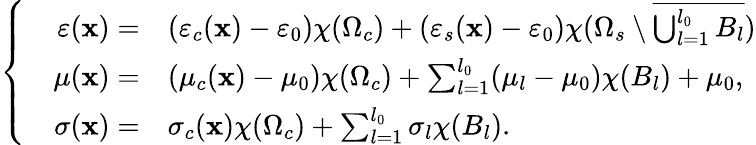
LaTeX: \left\{ \begin{array}{rl}{\varepsilon(\mathbf{x})=}&{{}(\varepsilon_{c}(\mathbf{x})-\varepsilon_{0})\chi(\Omega_{c})+(\varepsilon_{s}(\mathbf{x})-\varepsilon_{0})\chi(\Omega_{s}\setminus\overline{{\bigcup_{l=1}^{l_{0}}B_{l}}})}\\ {\quad\mu(\mathbf{x})=}&{{}(\mu_{c}(\mathbf{x})-\mu_{0})\chi(\Omega_{c})+\sum_{l=1}^{l_{0}}(\mu_{l}-\mu_{0})\chi(B_{l})+\mu_{0},}\\ {\sigma(\mathbf{x})=}&{{}\sigma_{c}(\mathbf{x})\chi(\Omega_{c})+\sum_{l=1}^{l_{0}}\sigma_{l}\chi(B_{l}).}\end{array}\right.